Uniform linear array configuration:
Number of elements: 4
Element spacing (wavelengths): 0.25
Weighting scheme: blackman
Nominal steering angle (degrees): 30
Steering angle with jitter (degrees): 31.445
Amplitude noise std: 0.05
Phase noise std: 0.05

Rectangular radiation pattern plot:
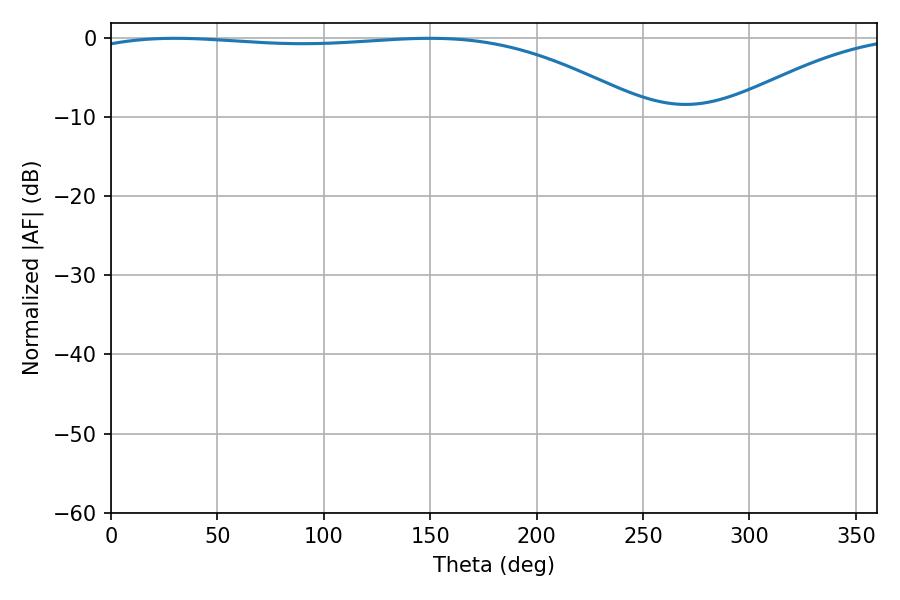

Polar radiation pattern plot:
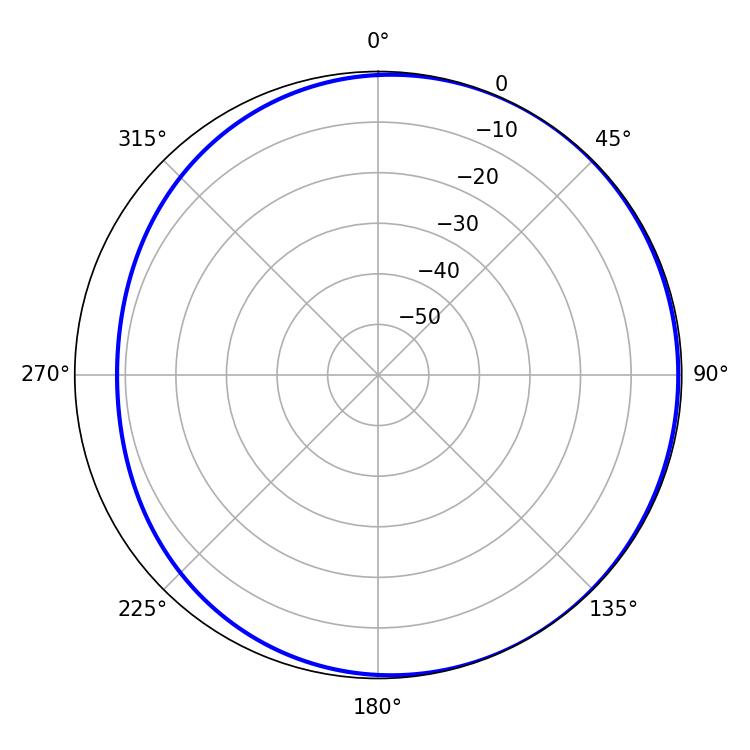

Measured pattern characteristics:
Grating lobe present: FALSE
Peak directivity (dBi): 1.997
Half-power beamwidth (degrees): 209.88
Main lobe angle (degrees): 30.06